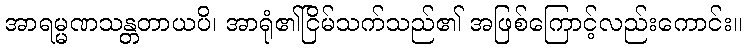
အာရမ္မဏသန္တတာယပိ၊ အာရုံ၏ငြိမ်သက်သည်၏ အဖြစ်ကြောင့်လည်းကောင်း။